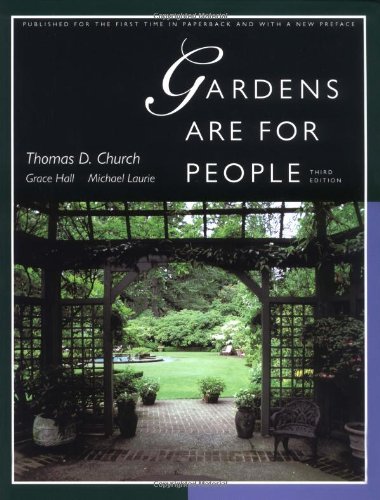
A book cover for Gardens Are For People, Third edition; Thomas D. Church; Arts & Photography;